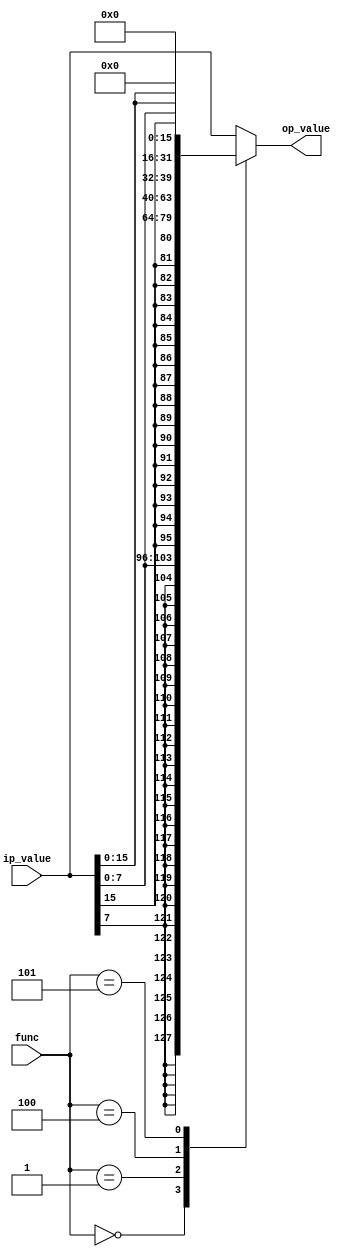
module memory_helper #(parameter WORD_LENGTH = 32)
                      ( input [WORD_LENGTH-1:0] ip_value,
	                input [2:0] func,
			output reg [WORD_LENGTH-1 : 0] op_value
		      );
		always@(*)
		begin
		          case(func)
	               	  3'b 000: op_value = $signed(ip_value[7:0]);
	                  3'b 001: op_value = $signed(ip_value[15:0]);
	                  3'b 010: op_value = ip_value;
	                  3'b 100: op_value = $unsigned(ip_value[7:0]);
	                  3'b 101: op_value = $unsigned(ip_value[15:0]);
	                  default: op_value = ip_value;
	                  endcase;
                end
		endmodule